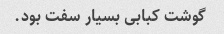
گوشت کبابی بسیار سفت بود.